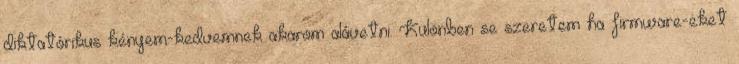
diktatórikus kényem-kedvemnek akarom alávetni. Különben se szeretem ha firmware-eket